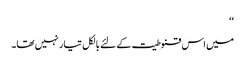
‘‘
میں اس قنوطیت کے لئے بالکل تیار نہیں تھا۔